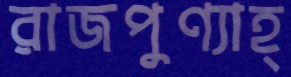
রাজপুণ্যাহ্